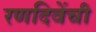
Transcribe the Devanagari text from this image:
रणदिवेंची